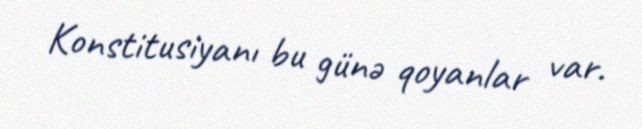
Konstitusiyanı bu günə qoyanlar var.